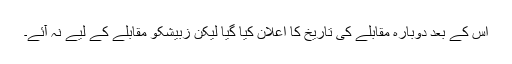
اس کے بعد دوبارہ مقابلے کی تاریخ کا اعلان کیا گیا لیکن زبیشکو مقابلے کے لیے نہ آئے۔